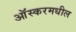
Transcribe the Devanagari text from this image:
आॅस्करमधील